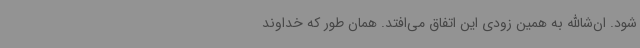
شود. ان‌شاالله به همین زودی این اتفاق می‌افتد. همان طور که خداوند